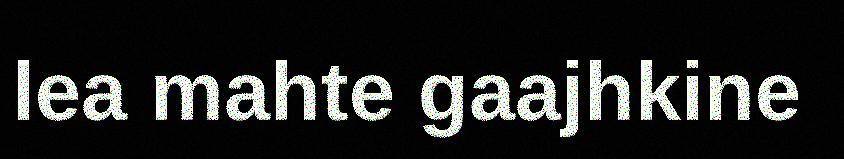
lea mahte gaajhkine